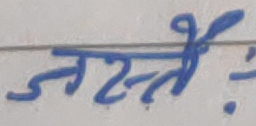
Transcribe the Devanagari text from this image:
नमस्ते